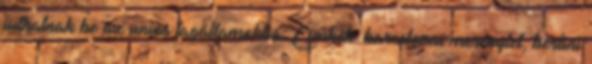
juthatnak be az uniós tagállamokba. Címkék: barcelonai merénylet, berlini